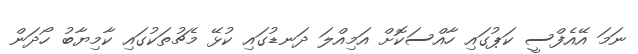
ނަމަ އޭއެފްސީ ކަޕުގައި ހާއްސަކޮށް އަމިއްލަ ދަނޑުގައި ކުޅޭ މެޗުތަކުގައި ކާމިޔާބު ހޯދަން